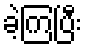
ခဲ့ကြပြီး